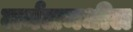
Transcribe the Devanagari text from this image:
जर्नलमधील